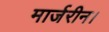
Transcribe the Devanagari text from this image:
मार्जरीन।